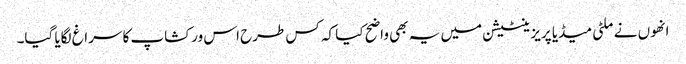
انھوں نے ملٹی میڈیا پریزینٹیشن میں یہ بھی واضح کیا کہ کس طرح اس ورکشاپ کا سراغ لگایا گیا۔